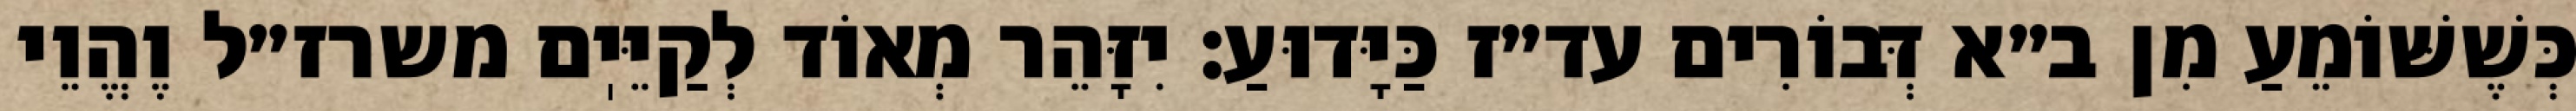
כְּשֶׁשּׁוֹמֵעַ מִן ב״א דְּבוֹרִים עד״ז כַּיָּדוּעַ: יִזָּהֵר מְאוֹד לְקַיֵּיֽם משרז״ל וֶהֱוֵי